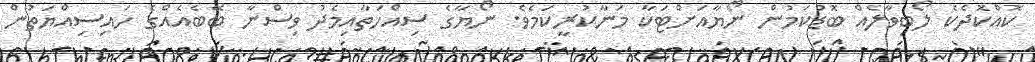
ކޮއްކޮދެކެ ލޯބިވާލެއް ބޮޑުކަމުން ނޯޔާއަށްޓަކާ މަނާކުރީކަމެވެ. ނޯޔާގެ ސިއްހަތާއިމެދު ވިސްނާ ބޭބެއެއްގެ ހައިސިއްޔަތުން